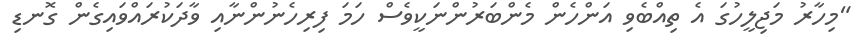
"މިހާރު މަޖިލީހުގަ އެ ތިއްބެވި އަންހެން މެންބަރުންނަކީވެސް ހަމަ ފިރިހެނުންނާއި ވާދަކުރައްވައިގެން ގޮނޑި